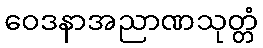
ဝေဒနာအညာဏသုတ္တံ